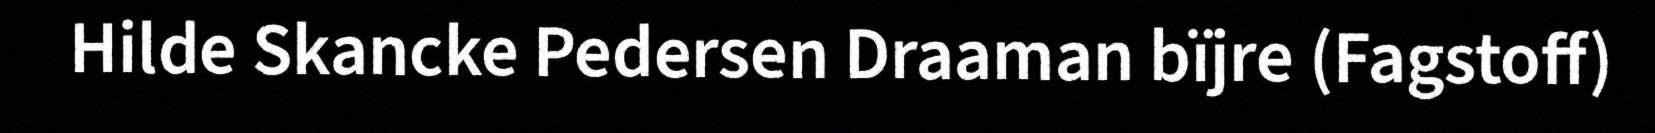
Hilde Skancke Pedersen Draaman bïjre (Fagstoff)